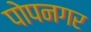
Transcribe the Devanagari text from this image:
पोपनगर